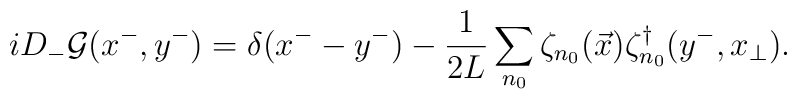
iD_- {\cal G} (x^-, y^-) = \delta (x^- - y^-) - \frac{1}{2L} \sum_{n_0} \zeta_{n_0}(\vec{x}) \zeta_{n_0}^{\dagger}(y^-,x_{\perp}).